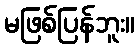
မဖြစ်ပြန်ဘူး။